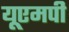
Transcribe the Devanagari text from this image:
यूएमपी